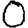
Digit: 0